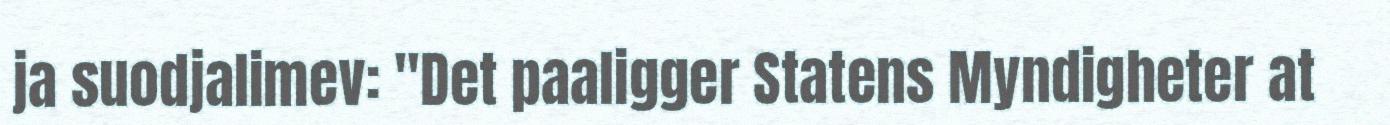
ja suodjalimev: "Det paaligger Statens Myndigheter at